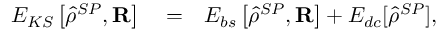
\begin{array} { r l r } { E _ { K S } \left[ \hat { \rho } ^ { S P } , { \bf R } \right] } & { { } = } & { E _ { b s } \left[ \hat { \rho } ^ { S P } , { \bf R } \right] + E _ { d c } [ \hat { \rho } ^ { S P } ] , } \end{array}